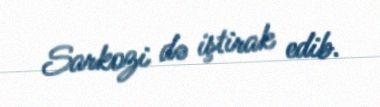
Sarkozi də iştirak edib.